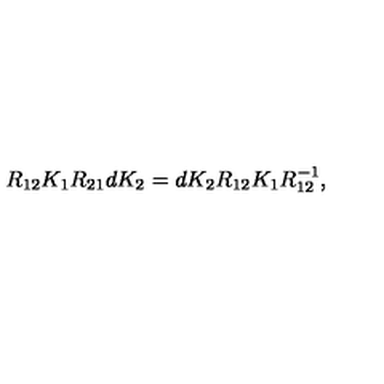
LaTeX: R _ { 1 2 } K _ { 1 } R _ { 2 1 } d K _ { 2 } = d K _ { 2 } R _ { 1 2 } K _ { 1 } R _ { 1 2 } ^ { - 1 } ,